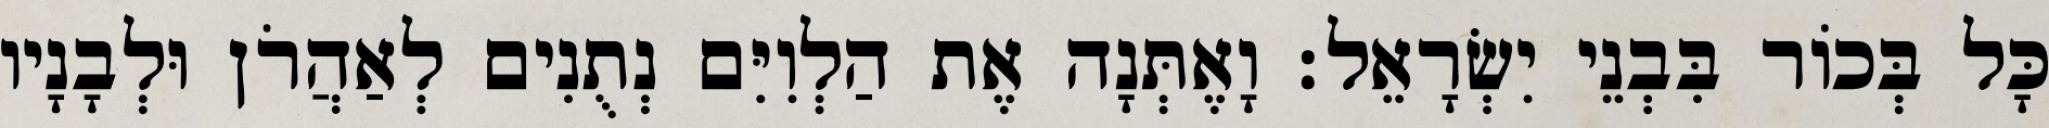
כָּל בְּכוֹר בִּבְנֵי יִשְׂרָאֵל׃ וָאֶתְּנָה אֶת הַלְוִיִּם נְתֻנִים לְאַהֲרֹן וּלְבָנָיו